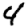
Digit: 4